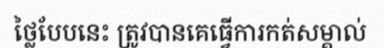
ថ្លៃបែបនេះ ត្រូវបានគេធ្វើការកត់សម្គាល់